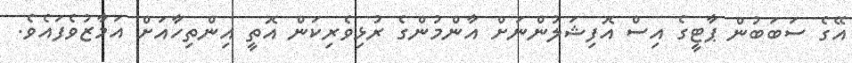
އޭގެ ސަބަބުން ޕާޓީގެ އިސް އޮފިޝަލުންނަށް އާންމުންގެ ރުޅިވެރިކަން އޮތީ އިންތިހާއަށް އަމާޒުވެފައެވެ.